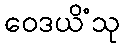
ဝေဒယိံသု